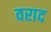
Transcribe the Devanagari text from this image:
वराद